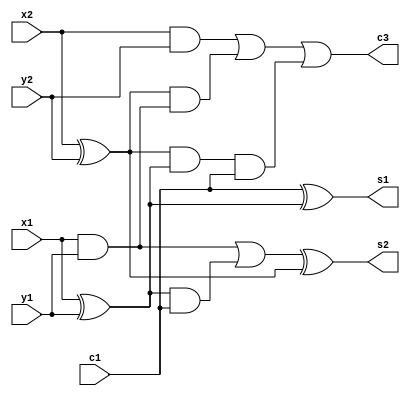

module CLG2(x1, y1, x2, y2, c1,
            s1, s2, c3);

input x1, y1, x2, y2, c1;
wire p1, c2, p2, g1, g2;
output s1, s2, c3;

assign p1 = x1 ^ y1;
assign p2 = x2 ^ y2;
assign g1 = x1 & y1;
assign g2 = x2 & y2;

assign c2 = g1 | (p1 & c1);
assign c3 = g2 | (p2 & g1) | (p2 & p1 & c1);

assign s1 = c1 ^ p1;
assign s2 = c2 ^ p2;

endmodule


module CLG4(x1, y1, x2, y2, x3, y3, x4, y4, c1,
            s1, s2, s3, s4, c5);

input x1, y1, x2, y2, x3, y3, x4, y4, c1;
wire p1, p2, p3, p4, g1, g2, g3, g4, c2, c3, c4;
output s1, s2, s3, s4, c5;

assign p1 = x1 ^ y1;
assign p2 = x2 ^ y2;
assign p3 = x3 ^ y3;
assign p4 = x4 ^ y4;
assign g1 = x1 & y1;
assign g2 = x2 & y2;
assign g3 = x3 & y3;
assign g4 = x4 & y4;

assign c2 = g1 | (p1 & c1);
assign c3 = g2 | (p2 & g1) | (p2 & p1 & c1);
assign c4 = g3 | (p3 & g2) | (p3 & p2 & g1) | (p3 & p2 & p1 & c1);
assign c5 = g4 | (p4 & g3) | (p4 & p3 & g2) | (p4 & p3 & p2 & g1) | (p4 & p3 & p2 & p1 & c1);

assign s1 = c1 ^ p1;
assign s2 = c2 ^ p2;
assign s3 = c3 ^ p3;
assign s4 = c4 ^ p4;

endmodule

module CLG4_3(x1, y1, x2, y2, x3, y3, x4, y4, c1,
            s1, s2, s3, s4);

input x1, y1, x2, y2, x3, y3, x4, y4, c1;
wire p1, p2, p3, p4, g1, g2, g3, g4, c2, c3, c4;
output s1, s2, s3, s4;

assign p1 = x1 ^ y1;
assign p2 = x2 ^ y2;
assign p3 = x3 ^ y3;
assign p4 = x4 ^ y4;
assign g1 = x1 & y1;
assign g2 = x2 & y2;
assign g3 = x3 & y3;

assign c2 = g1 | (p1 & c1);
assign c3 = g2 | (p2 & g1) | (p2 & p1 & c1);
assign c4 = g3 | (p3 & g2) | (p3 & p2 & g1) | (p3 & p2 & p1 & c1);

assign s1 = c1 ^ p1;
assign s2 = c2 ^ p2;
assign s3 = c3 ^ p3;
assign s4 = c4 ^ p4;

endmodule